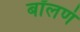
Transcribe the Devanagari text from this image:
बॉलणं